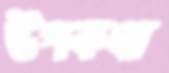
উপকথা